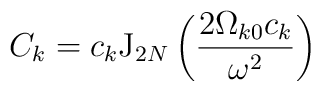
C _k=c_k{\rm J}_{2N}\left( \frac{2\Omega _{k0}c_k}{\omega ^2}\right)